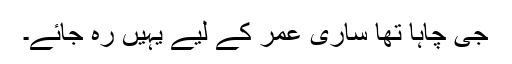
جی چاہا تھا ساری عمر کے لیے یہیں رہ جائے۔